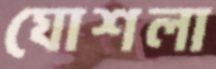
ঘোশলা